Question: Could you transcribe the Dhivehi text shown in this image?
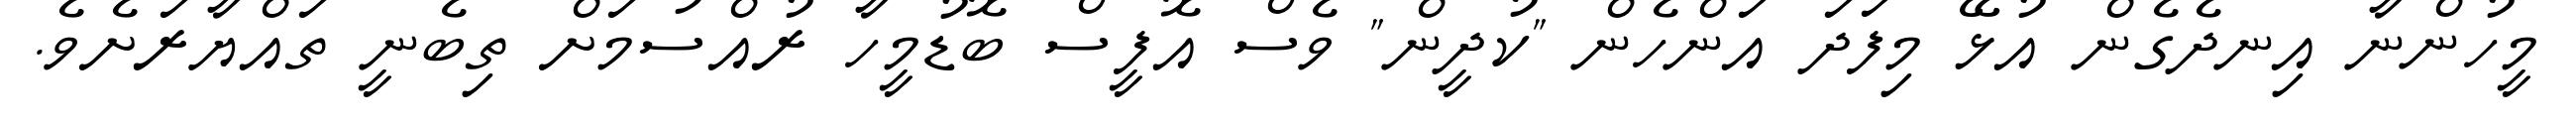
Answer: މީހުންނާ އިނދެގެން އުޅޭ މިފަދަ އަންހެން "ކުދީން" ވެސް އޮފީސް ބޮޑުމީހާ ރުއްސުމަށް ތިބެނީ ތައްޔާރަށެވެ.